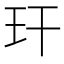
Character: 玕